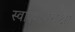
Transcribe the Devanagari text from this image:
स्वास्थ्यपरीक्षा